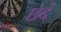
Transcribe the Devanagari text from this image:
छेदं